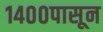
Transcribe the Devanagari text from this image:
१४००पासून